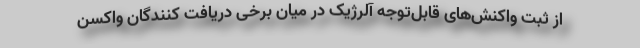
از ثبت واکنش‌های قابل‌توجه آلرژیک در میان برخی دریافت کنندگان واکسن